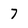
Character: 7